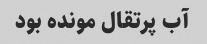
آب پرتقال مونده بود